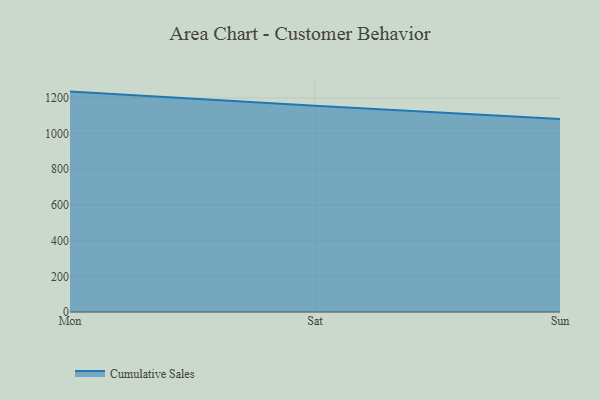
{"axis": {"x": "Day", "y": "Energy Usage (MWh)"}, "legend": ["Cumulative Sales"], "data": [{"x": "Mon", "y": 1235.2, "type": "Cumulative Sales"}, {"x": "Sat", "y": 1156.1, "type": "Cumulative Sales"}, {"x": "Sun", "y": 1081.4, "type": "Cumulative Sales"}]}